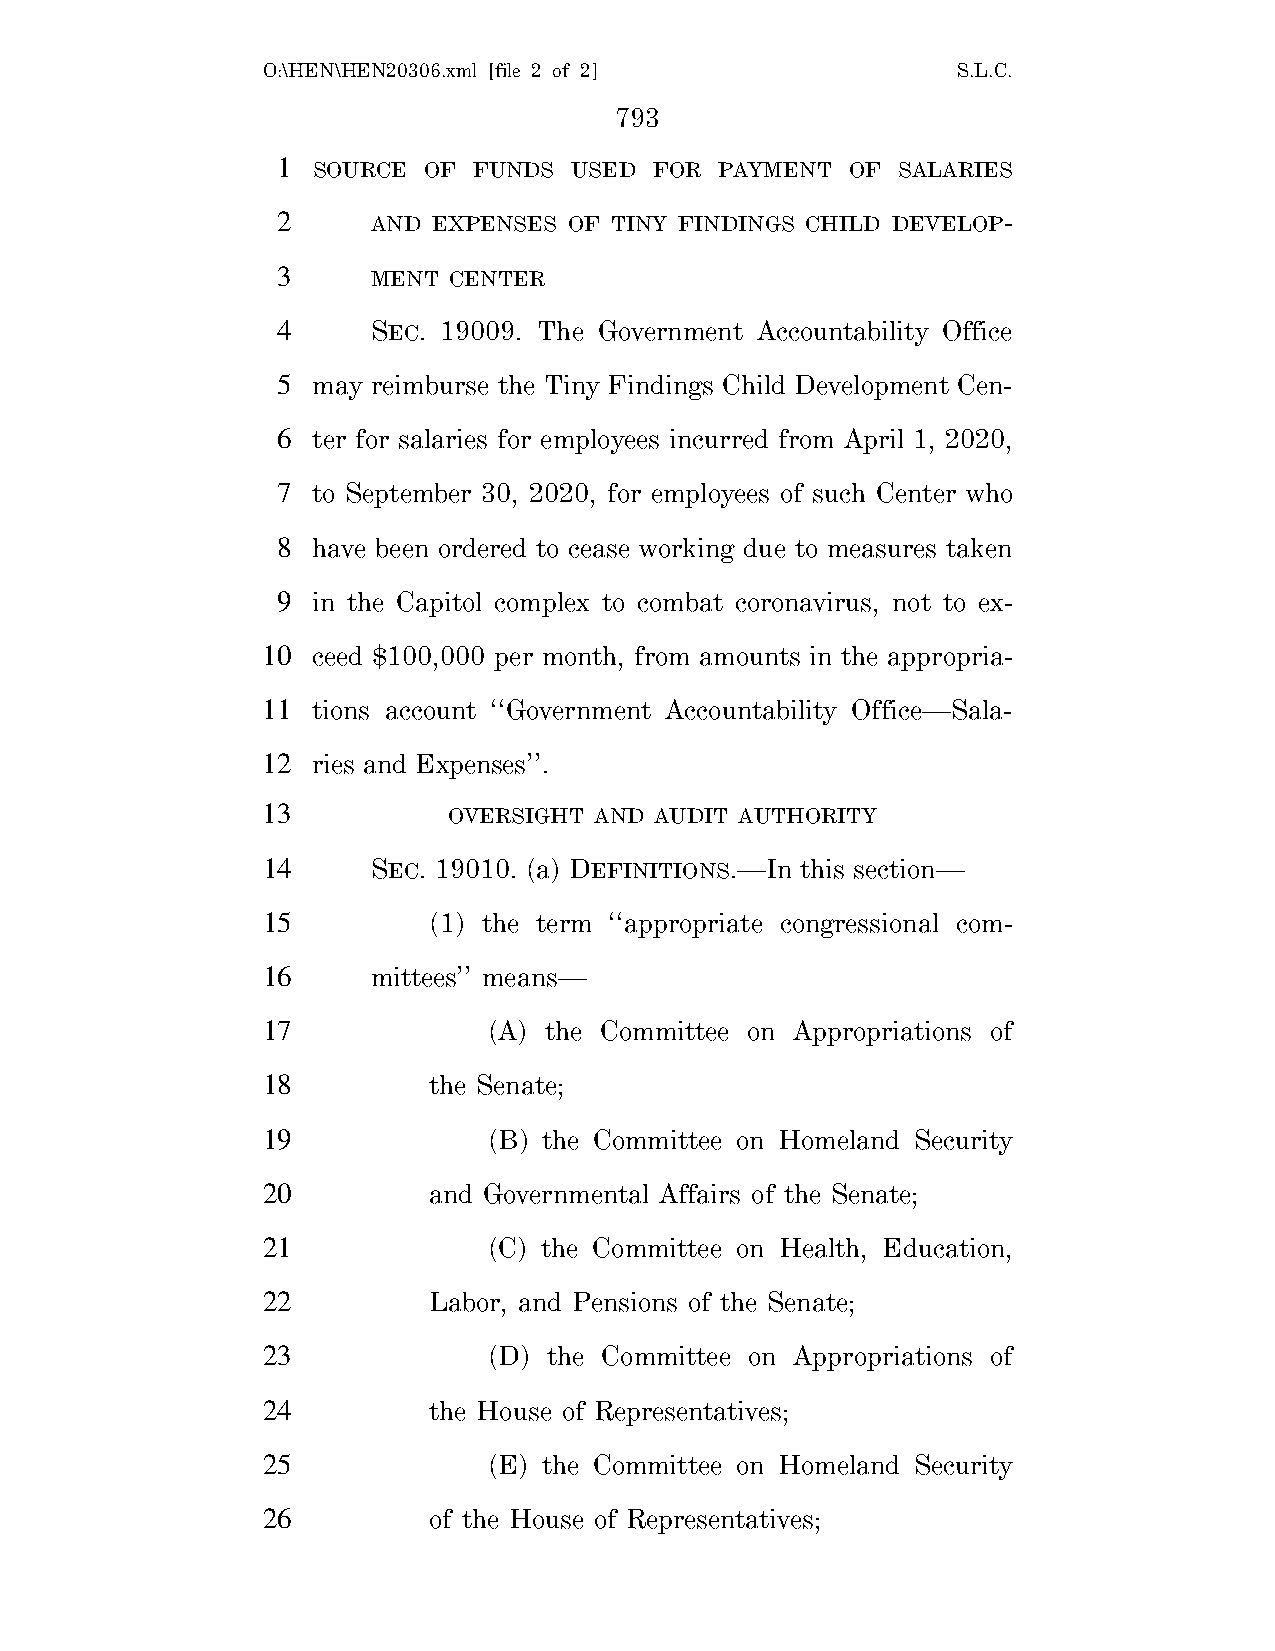
O:\HEN\HEN20306.xml [file 2 of 2]             S.L.C.
 793
 1  SOURCE OF FUNDS  USED FOR  PAYMENT OF SALARIES
 2      AND EXPENSES OF TINY FINDINGS CHILD DEVELOP-
 3      MENT CENTER
 4      SEC. 19009. The Government Accountability Office
 5  may reimburse the Tiny Findings Child Development Cen-
 6  ter for salaries for employees incurred from April 1, 2020,
 7  to September 30, 2020, for employees of such Center who
 8  have been ordered to cease working due to measures taken
 9  in the Capitol complex to combat coronavirus, not to ex-
 10  ceed $100,000 per month, from amounts in the appropria-
 11  tions account ‘‘Government Accountability Office—Sala-
 12  ries and Expenses’’.
 13           OVERSIGHT AND AUDIT AUTHORITY
 14      SEC. 19010. (a) DEFINITIONS.—In this section—
 15         (1) the term ‘‘appropriate congressional com-
 16      mittees’’ means—
 17             (A) the Committee on Appropriations of
 18         the Senate;
 19             (B) the Committee on Homeland Security
 20         and Governmental Affairs of the Senate;
 21             (C) the Committee on Health, Education,
 22         Labor, and Pensions of the Senate;
 23             (D) the Committee on Appropriations of
 24         the House of Representatives;
 25             (E) the Committee on Homeland Security
 26         of the House of Representatives;